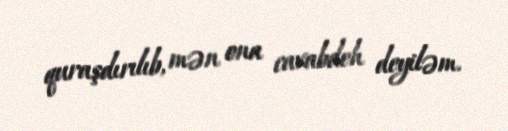
quraşdırılıb, mən ona cavabdeh deyiləm.